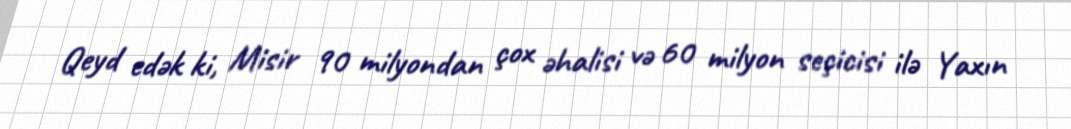
Qeyd edək ki, Misir 90 milyondan çox əhalisi və 60 milyon seçicisi ilə Yaxın